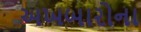
અખબારોના